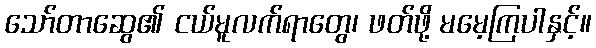
သော်တာဆွေ၏ ငယ်မူလက်ရာတွေ၊ ဖတ်ဖို့ မမေ့ကြပါနှင့်။